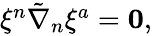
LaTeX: \begin{array}{r}{\xi^{n}\tilde{\nabla}_{n}\xi^{a}=\mathbf{0},}\end{array}